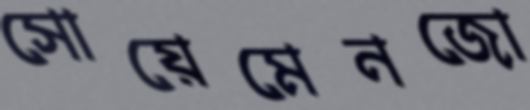
সোয়েমেনজো